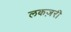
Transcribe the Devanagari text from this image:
लकज़री